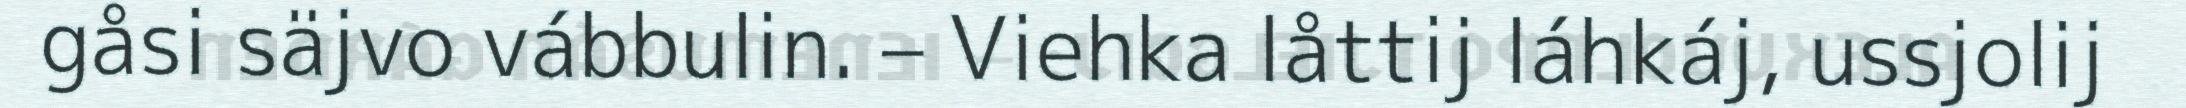
gåsi säjvo vábbulin. – Viehka låttij láhkáj, ussjolij